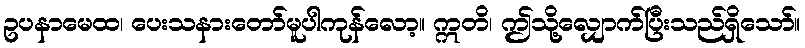
ဥပနာမေထ၊ ပေးသနားတော်မူပါကုန်လော့။ ဣတိ၊ ဤသို့လျှောက်ပြီးသည်ရှိသော်။